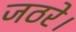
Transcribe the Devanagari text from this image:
जठरे।